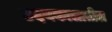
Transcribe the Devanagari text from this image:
उदयकालातील